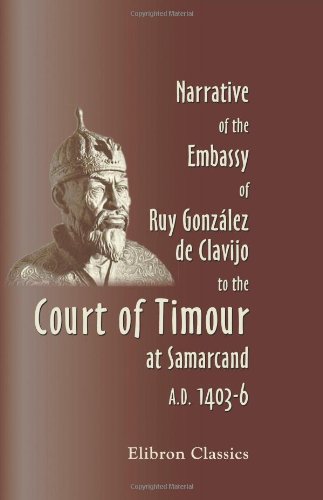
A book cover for Narrative of the Embassy of Ruy GonzÃ¡lez de Clavijo to the Court of Timour, at Samarcand, A.D. 1403-6; Ruy GonzÃ¡lez de Clavijo; Travel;